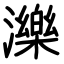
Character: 濼